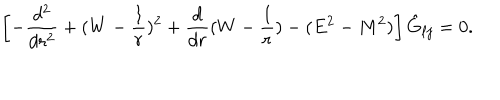
LaTeX: \left[ - { \frac { d ^ { 2 } } { d r ^ { 2 } } } + ( W - { \frac { 1 } { r } } ) ^ { 2 } + \frac { d } { d r } ( W - { \frac { 1 } { r } } ) - ( E ^ { 2 } - M ^ { 2 } ) \right] \hat { G } _ { \ell j } = 0 .